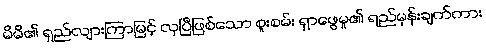
မိမိ၏ ရှည်လျားကြာမြင့် လှပြီဖြစ်သော စူးစမ်း ရှာဖွေမှု၏ ရည်မှန်းချက်ကား